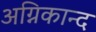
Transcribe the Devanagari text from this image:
अग्निकान्द